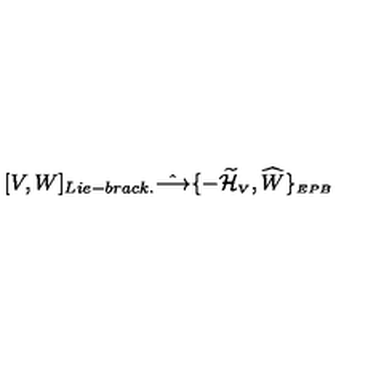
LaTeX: [ V , W ] _ { L i e - b r a c k . } \hat { \longrightarrow } \{ - { \widetilde { \cal H } } _ { \scriptscriptstyle V } , { \widehat W } \} _ { \scriptscriptstyle E P B }